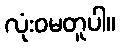
လုံးဝမတူပါ။